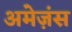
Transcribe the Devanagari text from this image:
अमेज़ंस